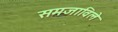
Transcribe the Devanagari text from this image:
समजाविले